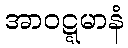
အာဝဋ္ဋမာနံ